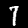
Digit: 7